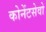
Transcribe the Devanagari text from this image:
कोनेंटसेवो